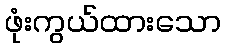
ဖုံးကွယ်ထားသော